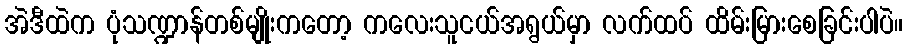
အဲဒီထဲက ပုံသဏ္ဍာန်တစ်မျိုးကတော့ ကလေးသူငယ်အရွယ်မှာ လက်ထပ် ထိမ်းမြားစေခြင်းပါပဲ။